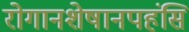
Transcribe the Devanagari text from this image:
रोगानशेषानपहंसि